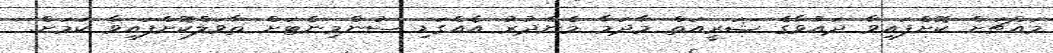
މައްޗަށް ކޮށްފައިވާ ދައުވާގެ ޝަރީއަތް މާދަމާ މެންދުރު އެއްގަޑި ސުންމިނެޓަށް ތާވަލްކޮށްފައިވާ ކަމަށް.